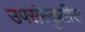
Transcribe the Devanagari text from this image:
उपसंस्कृतीस